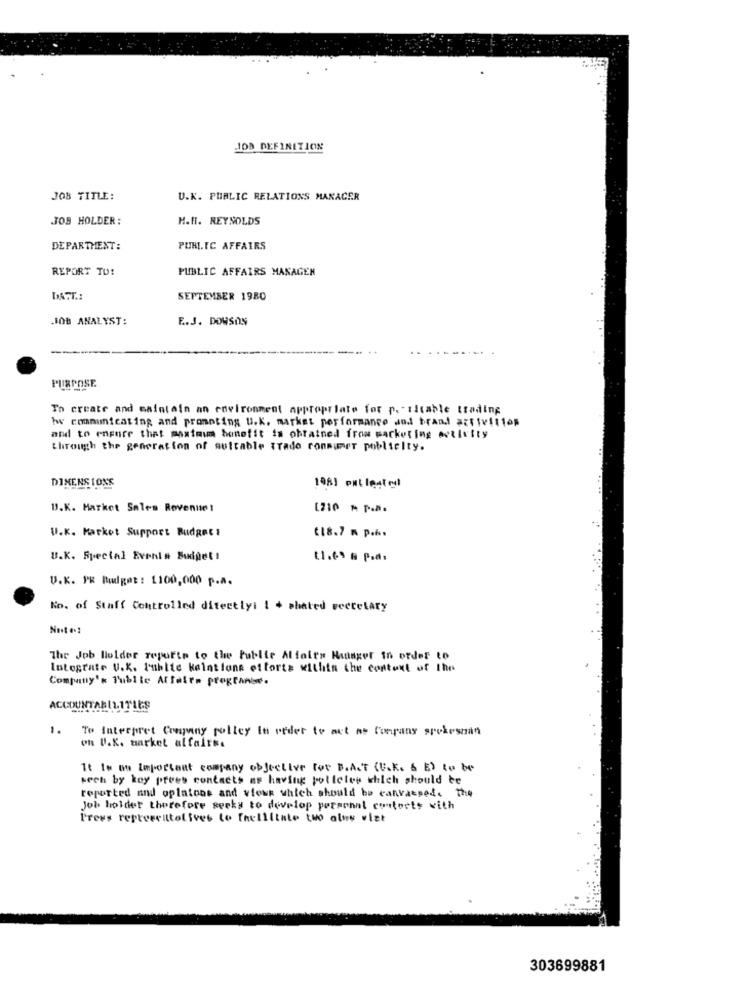
JOB DEFINITION
JOB TITLE:
U.K. PUBLIC RELATIONS MANAGER
JOB HOLDER:
H.H. REYNOLDS
DEPARTMENT:
PUBLIC AFFAIRS
REPORT TO!
PUBLIC AFFAIRS MANAGER
DATT .:
SEPTEMBER 1980
JOB ANALYST:
E.J. DOWSON
PURPOSE
To create and maintain an environment appropriate for p .- ticable trading
w communicating and promoting u.K. market performance wod brand activities
and to ensure that maximum benefit is obtained from marketing activity
through the generation of suitable trado ronmimer publicity.
DIMENSIONS
108] put leated
U.K. Market Sales Revenue !
[710 M P.B.
U.K. Market Support Budget :
$18.7 m p.h.
U.K. Special Events Budget!
t1.69 A Pads
V.K. PR Budget : 1100,000 p.A.
No. of Staff Controlled ditectiyi 1 + phated secretary
Nost #2
The Job Holder reporte to the Public Aliolts Huinger In order to
Integrate V.K. Publie keintions efforts within the context of the
Company's Public Affairs pregtanise.
ACI
1.
To Interpret Company policy In order to act as Company spokesman
on U.K. market alfaites
It Im ou Important company objective for B.A.T (U.K. & E) to be
sech by key prees contacts as having policies which should be
reported and oplatons and views which should be canvassede the
Job holdet therefore seeks to develop personal contacts with
Press representatives to Inelliinto two olww wizt
303699881